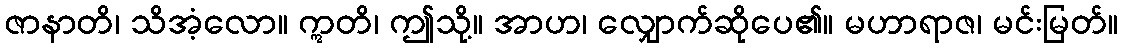
ဇာနာတိ၊ သိအံ့လော။ ဣတိ၊ ဤသို့။ အာဟ၊ လျှောက်ဆိုပေ၏။ မဟာရာဇ၊ မင်းမြတ်။